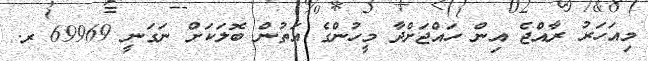
މިއަހަރު ރާއްޖެ އިން ހައްޖަށްދާ މީހުންގެ އަތުން ބޮލަކަށް ނަގަނީ 69969 ރ.